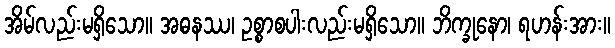
အိမ်လည်းမရှိသော။ အဓနဿ၊ ဥစ္စာစပါးလည်းမရှိသော။ ဘိက္ခုနော၊ ရဟန်းအား။